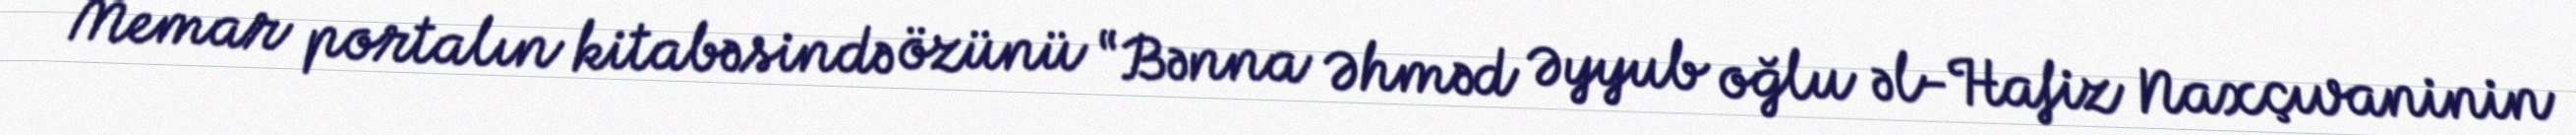
Memar portalın kitabəsində özünü “Bənna Əhməd Əyyub oğlu əl-Hafiz Naxçıvaninin